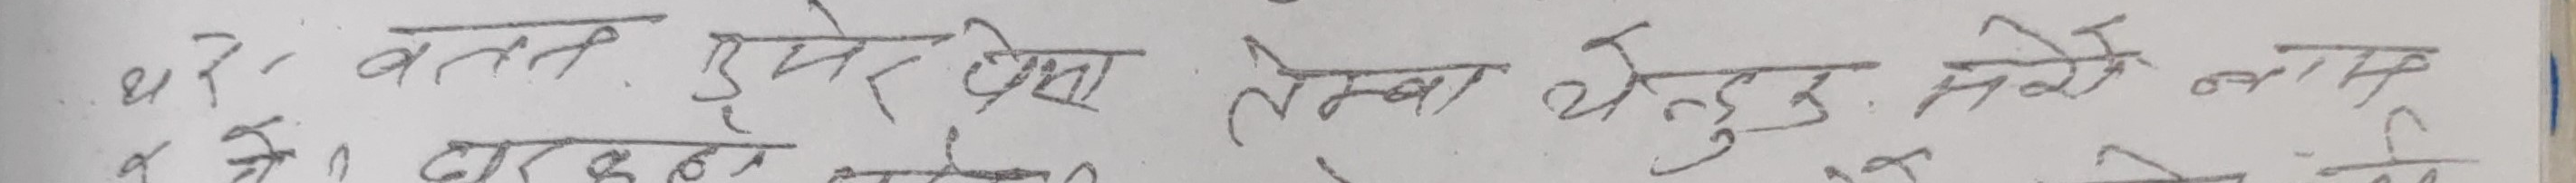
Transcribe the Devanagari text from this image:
धरा कतत डमर देखा तेनवा थुदुक् सेने नाम्बु को।  दरहर होलेगेवा सेने मा